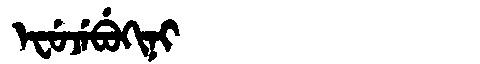
Manchu: ᡝᠸᡠᠵᡝᠪᡠᡴᡳᠨᡳ
Romanization: EFUJEBUKINI